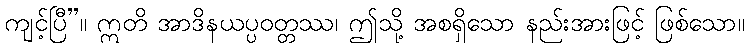
ကျင့်ပြီ”။ ဣတိ အာဒိနယပ္ပဝတ္တဿ၊ ဤသို့ အစရှိသော နည်းအားဖြင့် ဖြစ်သော။